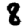
Digit: 8